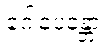
ဂေါပေန္တော